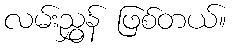
လမ်းညွှန် ဖြစ်တယ်။